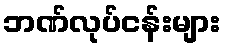
ဘဏ်လုပ်ငန်းများ